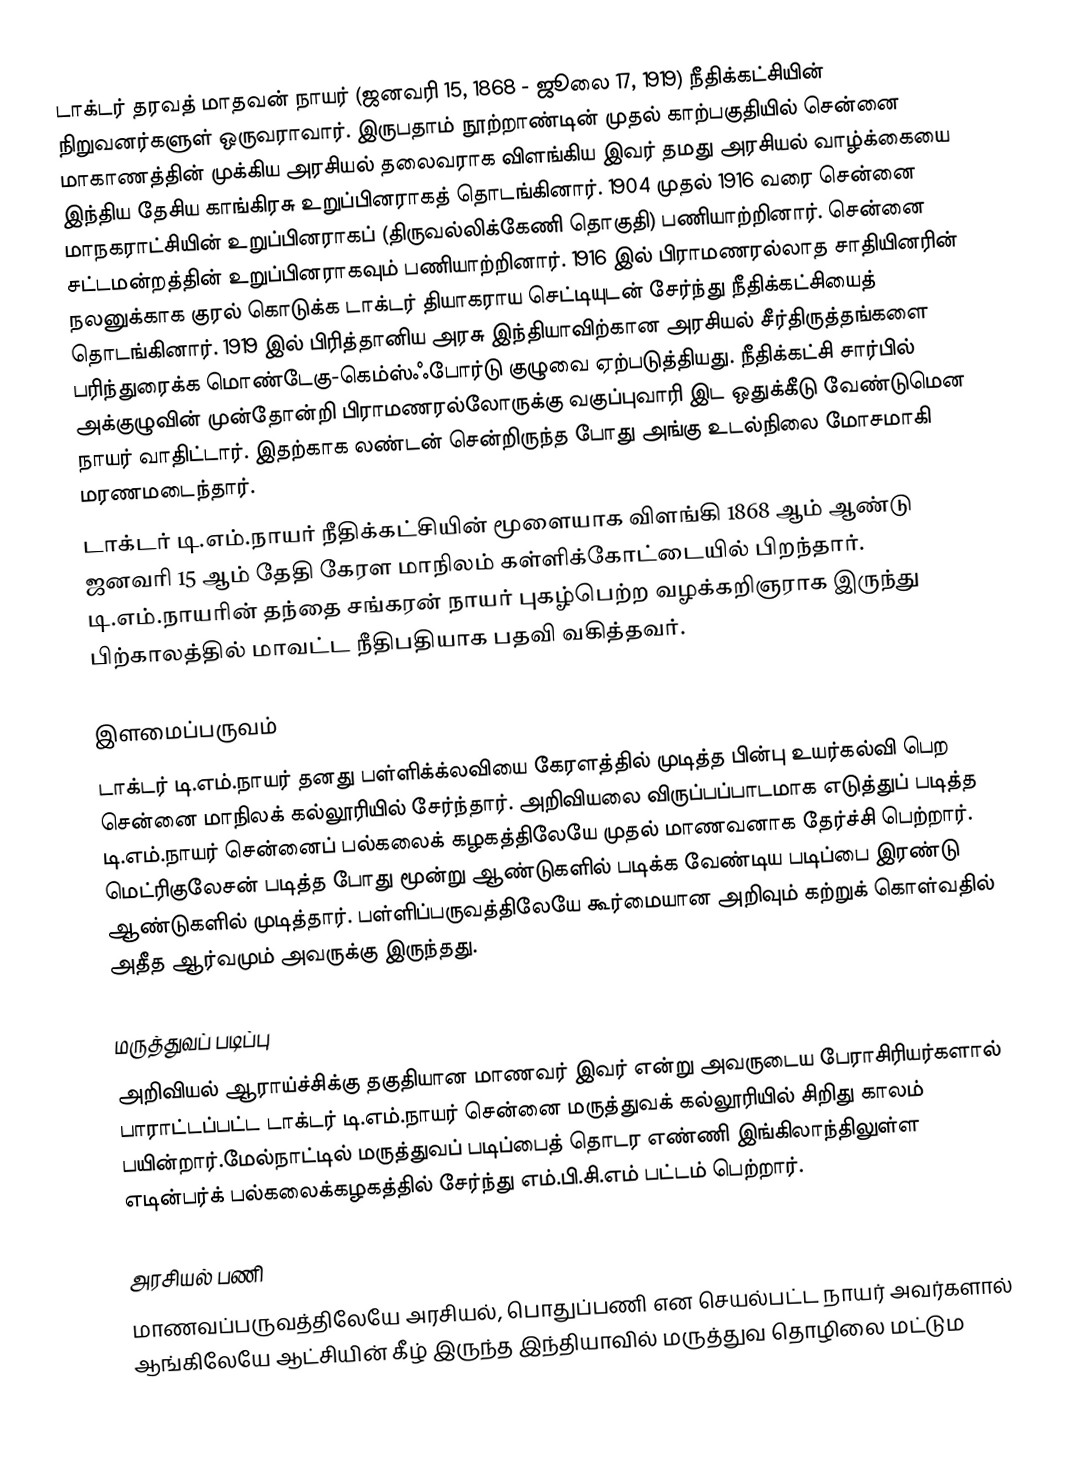
டாக்டர் தரவத் மாதவன் நாயர் (ஜனவரி 15, 1868 - ஜூலை 17, 1919) நீதிக்கட்சியின் நிறுவனர்களுள் ஒருவராவார். இருபதாம் நூற்றாண்டின் முதல் காற்பகுதியில் சென்னை மாகாணத்தின் முக்கிய அரசியல் தலைவராக விளங்கிய இவர் தமது அரசியல் வாழ்க்கையை இந்திய தேசிய காங்கிரசு உறுப்பினராகத் தொடங்கினார். 1904 முதல் 1916 வரை சென்னை மாநகராட்சியின் உறுப்பினராகப் (திருவல்லிக்கேணி தொகுதி) பணியாற்றினார். சென்னை சட்டமன்றத்தின் உறுப்பினராகவும் பணியாற்றினார். 1916 இல் பிராமணரல்லாத சாதியினரின் நலனுக்காக குரல் கொடுக்க டாக்டர் தியாகராய செட்டியுடன் சேர்ந்து நீதிக்கட்சியைத் தொடங்கினார். 1919 இல் பிரித்தானிய அரசு இந்தியாவிற்கான அரசியல் சீர்திருத்தங்களை பரிந்துரைக்க மொண்டேகு-கெம்ஸ்ஃபோர்டு குழுவை ஏற்படுத்தியது. நீதிக்கட்சி சார்பில் அக்குழுவின் முன்தோன்றி பிராமணரல்லோருக்கு வகுப்புவாரி இட ஒதுக்கீடு வேண்டுமென நாயர் வாதிட்டார். இதற்காக லண்டன் சென்றிருந்த போது அங்கு உடல்நிலை மோசமாகி மரணமடைந்தார்.
டாக்டர் டி.எம்.நாயர் நீதிக்கட்சியின் மூளையாக விளங்கி 1868 ஆம் ஆண்டு ஜனவரி 15 ஆம் தேதி கேரள மாநிலம் கள்ளிக்கோட்டையில் பிறந்தார். டி.எம்.நாயரின் தந்தை சங்கரன் நாயர் புகழ்பெற்ற வழக்கறிஞராக இருந்து பிற்காலத்தில் மாவட்ட நீதிபதியாக பதவி வகித்தவர்.

இளமைப்பருவம்
டாக்டர் டி.எம்.நாயர் தனது பள்ளிக்க்லவியை கேரளத்தில் முடித்த பின்பு உயர்கல்வி பெற சென்னை மாநிலக் கல்லூரியில் சேர்ந்தார். அறிவியலை விருப்பப்பாடமாக எடுத்துப் படித்த டி.எம்.நாயர் சென்னைப் பல்கலைக் கழகத்திலேயே முதல் மாணவனாக தேர்ச்சி பெற்றார். மெட்ரிகுலேசன் படித்த போது மூன்று ஆண்டுகளில் படிக்க வேண்டிய படிப்பை இரண்டு ஆண்டுகளில் முடித்தார். பள்ளிப்பருவத்திலேயே கூர்மையான அறிவும் கற்றுக் கொள்வதில் அதீத ஆர்வமும் அவருக்கு இருந்தது.

மருத்துவப் படிப்பு
அறிவியல் ஆராய்ச்சிக்கு தகுதியான மாணவர் இவர் என்று அவருடைய பேராசிரியர்களால் பாராட்டப்பட்ட டாக்டர் டி.எம்.நாயர் சென்னை மருத்துவக் கல்லூரியில் சிறிது காலம் பயின்றார்.மேல்நாட்டில் மருத்துவப் படிப்பைத் தொடர எண்ணி இங்கிலாந்திலுள்ள எடின்பர்க் பல்கலைக்கழகத்தில் சேர்ந்து எம்.பி.சி.எம் பட்டம் பெற்றார்.

அரசியல் பணி
மாணவப்பருவத்திலேயே அரசியல், பொதுப்பணி என செயல்பட்ட நாயர் அவர்களால் ஆங்கிலேயே ஆட்சியின் கீழ் இருந்த இந்தியாவில் மருத்துவ தொழிலை மட்டும